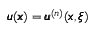
{ \pmb u } ( { \pmb x } ) = { \pmb u } ^ { ( n ) } ( { \pmb x } , { \pmb \xi } )